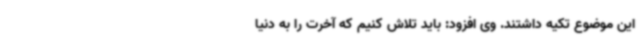
این موضوع تکیه داشتند. وی افزود: باید تلاش کنیم که آخرت را به دنیا